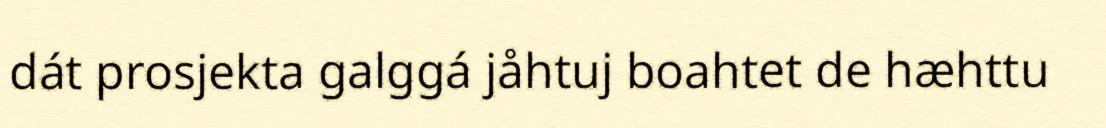
dát prosjekta galggá jåhtuj boahtet de hæhttu